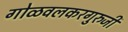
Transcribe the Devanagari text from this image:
गोळवलकरगुरुजी